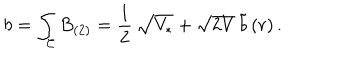
b = \int _ { \mathcal { C } } B _ { ( 2 ) } = \frac { 1 } { 2 } \, \sqrt { V _ { * } } + \sqrt { 2 V } \, \tilde { b } \, ( r ) \, .